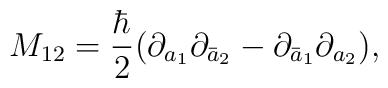
M_{12}=\frac{\hbar}{2}(\partial_{a_1}\partial_{\bar{a}_2}-\partial_{\bar{a}_1}\partial_{a_2}),